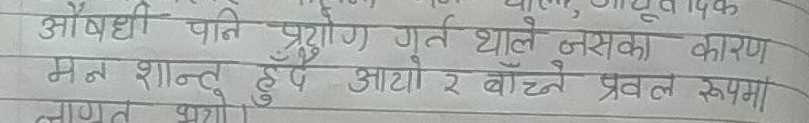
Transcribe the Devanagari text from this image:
औषधी पनि प्रयोग गर्न थाले नसका कारण
मन शान्त हुँदै आयो र बाँच्ने प्रवल रुपमा